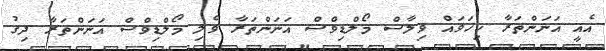
އެއީ އަނަންތަރާ ކިހަވައް ވިލާސް މޯލްޑިވްސް އަނަންތަރާ ވެލި މޯލްޑިވްސް އަނަންތަރާ ދިގު